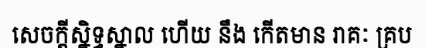
សេចក្តីស្និទ្ធស្នាល ហើយ នឹង កើតមាន រាគៈ គ្រប